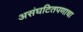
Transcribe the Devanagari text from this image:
असंघटितपणाचा